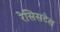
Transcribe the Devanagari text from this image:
रेसिसटेस